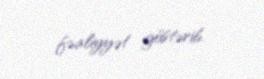
fəaliyyət göstərib.